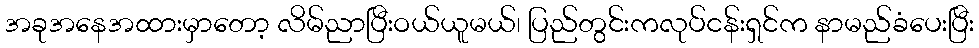
အခုအနေအထားမှာတော့ လိမ်ညာပြီးဝယ်ယူမယ်၊ ပြည်တွင်းကလုပ်ငန်းရှင်က နာမည်ခံပေးပြီး